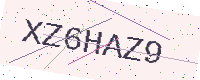
Text: XZ6HAZ9